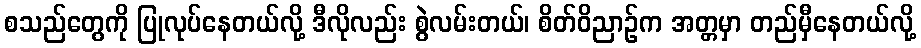
စသည်တွေကို ပြုလုပ်နေတယ်လို့ ဒီလိုလည်း စွဲလမ်းတယ်၊ စိတ်ဝိညာဉ်က အတ္တမှာ တည်မှီနေတယ်လို့